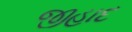
જીહાદ